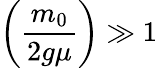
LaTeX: \left({\frac{m_{0}}{2g\mu}}\right)\gg 1